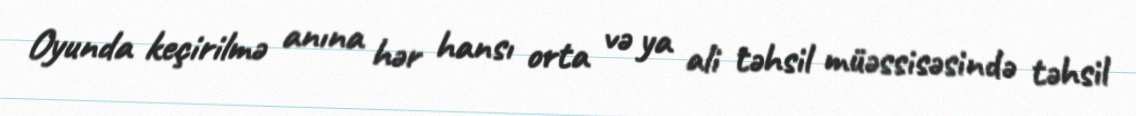
Oyunda keçirilmə anına hər hansı orta və ya ali təhsil müəssisəsində təhsil